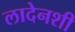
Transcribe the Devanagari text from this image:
लादेनशी